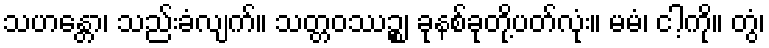
သဟန္တော၊ သည်းခံလျက်။ သတ္တဝဿဉ္စ၊ ခုနစ်ခုတို့ပတ်လုံး။ မမံ၊ ငါ့ကို။ တွံ၊